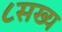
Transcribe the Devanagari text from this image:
८सख्य